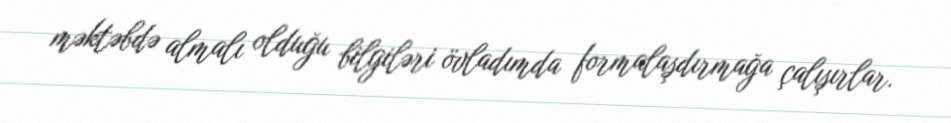
məktəbdə almalı olduğu bilgiləri övladımda formalaşdırmağa çalışırlar.